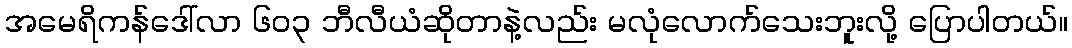
အမေရိကန်ဒေါ်လာ ၆၀၃ ဘီလီယံဆိုတာနဲ့လည်း မလုံလောက်သေးဘူးလို့ ပြောပါတယ်။